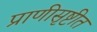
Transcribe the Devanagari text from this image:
प्राणीसृष्टीत